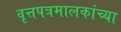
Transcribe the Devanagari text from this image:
वृत्तपत्रमालकांच्या